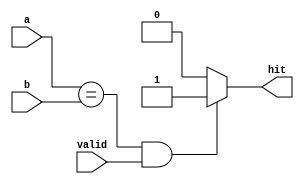
// ========== Copyright Header Begin ==========================================
// 
// OpenSPARC T1 Processor File: sparc_ifu_cmp35.v
// Copyright (c) 2006 Sun Microsystems, Inc.  All Rights Reserved.
// DO NOT ALTER OR REMOVE COPYRIGHT NOTICES.
// 
// The above named program is free software; you can redistribute it and/or
// modify it under the terms of the GNU General Public
// License version 2 as published by the Free Software Foundation.
// 
// The above named program is distributed in the hope that it will be 
// useful, but WITHOUT ANY WARRANTY; without even the implied warranty of
// MERCHANTABILITY or FITNESS FOR A PARTICULAR PURPOSE.  See the GNU
// General Public License for more details.
// 
// You should have received a copy of the GNU General Public
// License along with this work; if not, write to the Free Software
// Foundation, Inc., 51 Franklin St, Fifth Floor, Boston, MA 02110-1301, USA.
// 
// ========== Copyright Header End ============================================
////////////////////////////////////////////////////////////////////////
/*
//  Module Name: sparc_ifu_cmp37
//  Description:	
//  37 bit comparator for MIL hit detection
*/
////////////////////////////////////////////////////////////////////////

module sparc_ifu_cmp35(/*AUTOARG*/
   // Outputs
   hit, 
   // Inputs
   a, b, valid
   );

   input [34:0] a, b;
   input 	valid;
   
   output 	hit;

   reg 		hit;
   wire 	valid;
   wire [34:0] 	a, b;

   always @ (a or b or valid)
     begin
	if ((a==b) & valid)
	  hit = 1'b1;
	else
	  hit = 1'b0;
     end // always @ (a or b or valid)

endmodule // sparc_ifu_cmp35